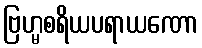
ဗြဟ္မစရိယပရာယဏော